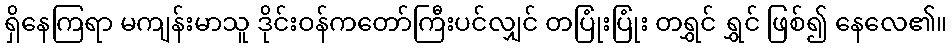
ရှိနေကြရာ မကျန်းမာသူ ဒိုင်းဝန်ကတော်ကြီးပင်လျှင် တပြုံးပြုံး တရွှင် ရွှင် ဖြစ်၍ နေလေ၏။